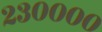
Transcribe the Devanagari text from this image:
२३००००